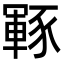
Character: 𮙡